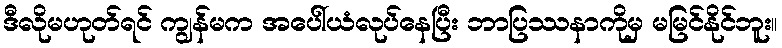
ဒီလိုမဟုတ်ရင် ကျွန်မက အပေါ်ယံလုပ်နေပြီး ဘာပြဿနာကိုမှ မမြင်နိုင်ဘူး။